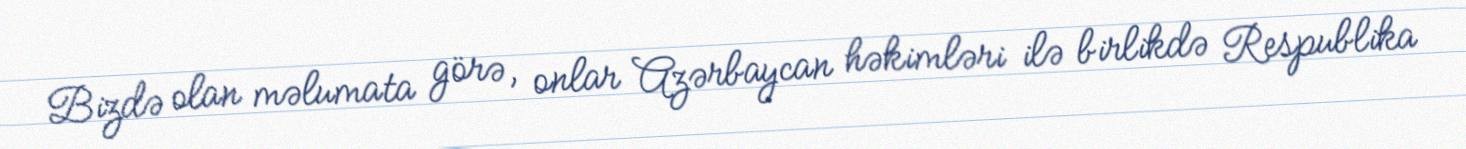
Bizdə olan məlumata görə, onlar Azərbaycan həkimləri ilə birlikdə Respublika